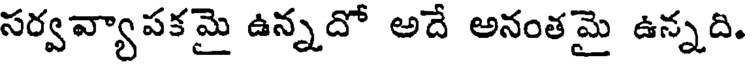
సర్వవ్యాపకమై ఉన్నదో అదే అనంతమై ఉన్నది.